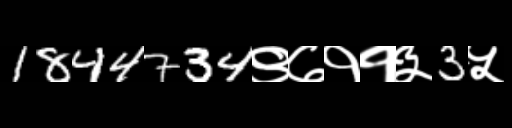
Text: 1844734९७११३3५